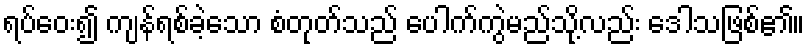
ရပ်ဝေး၍ ကျန်ရစ်ခဲ့သော စံတုတ်သည် ပေါက်ကွဲမည်သို့လည်း ဒေါသဖြစ်၏။